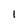
Character: 1